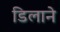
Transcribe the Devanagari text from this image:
डिलाने